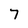
Character: 7